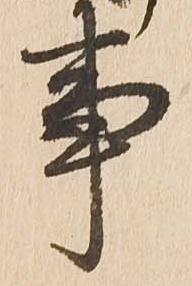
事